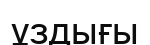
ұздығы